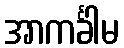
အာကင်္ခါမ